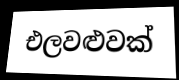
එලවළුවක්